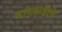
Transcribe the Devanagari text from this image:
बादशाहीचे